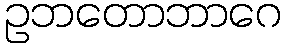
ဥဘတောဘာဂေ